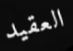
العقيد